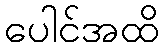
ပေါင်အထိ